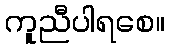
ကူညီပါရစေ။